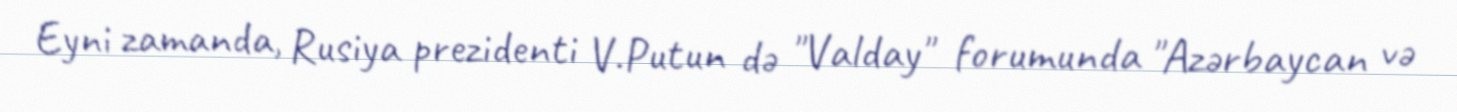
Eyni zamanda, Rusiya prezidenti V.Putun də "Valday" forumunda "Azərbaycan və